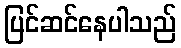
ပြင်ဆင်နေပါသည်